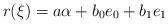
LaTeX: \begin{align*}r(\xi) = a \alpha + b_0 e_0 +b_1 e_1\end{align*}